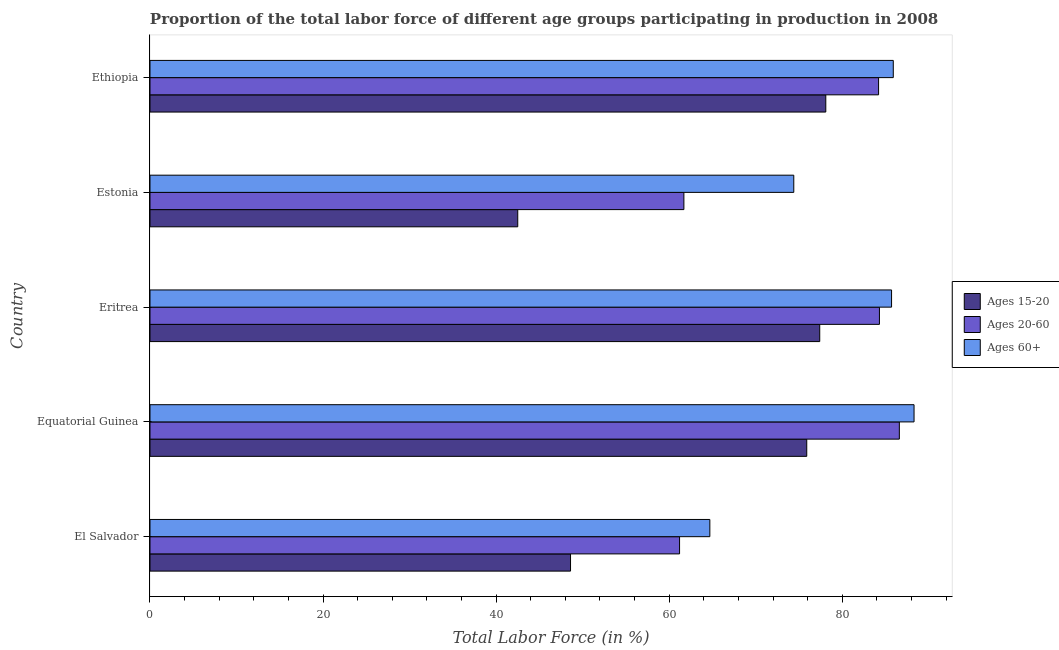
| Country | Ages 15-20 | Ages 20-60 | Ages 60+ |
 | --- | --- | --- | --- |
 | El Salvador | 48.6 | 61.2 | 64.7 |
 | Equatorial Guinea | 75.9 | 86.6 | 88.3 |
 | Eritrea | 77.4 | 84.3 | 85.7 |
 | Estonia | 42.5 | 61.7 | 74.4 |
 | Ethiopia | 78.1 | 84.2 | 85.9 |